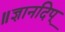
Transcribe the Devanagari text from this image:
॥ज्ञानदिप्